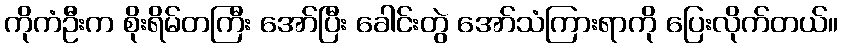
ကိုကံဦးက စိုးရိမ်တကြီး အော်ပြီး ခေါင်းတွဲ အော်သံကြားရာကို ပြေးလိုက်တယ်။